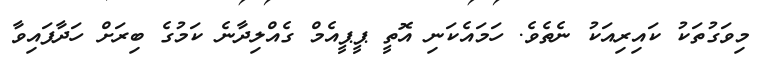
މިވަގުތަކު ކައިރިއަކު ނެތެވެ. ހަމައެކަނި އޮތީ ޕީޕީއެމް ގެއްލިދާނެ ކަމުގެ ބިރަށް ހަދާފައިވާ